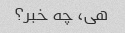
هی، چه خبر؟